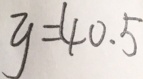
y = 4 0 . 5